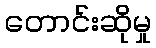
တောင်းဆိုမှု